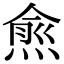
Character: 𭵙